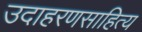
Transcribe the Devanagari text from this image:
उदाहरणसाहित्य